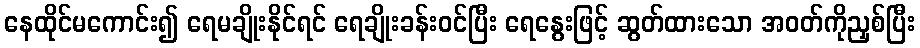
နေထိုင်မကောင်း၍ ရေမချိုးနိုင်ရင် ရေချိုးခန်းဝင်ပြီး ရေနွေးဖြင့် ဆွတ်ထားသော အဝတ်ကိုညှစ်ပြီး